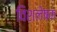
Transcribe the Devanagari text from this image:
विशलेषक